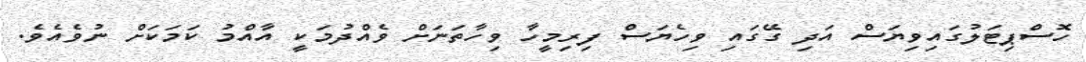
ހޮސްޕިޓަލުގައިވިޔަސް އަދި ގޭގައި ވިހެޔަސް ފިރިމީހާ ވިހާތަނަށް ވެއްދުމަކީ އާއްމު ކަމަކަށް ނުވެއެވެ.